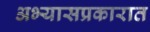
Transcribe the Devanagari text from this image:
अभ्यासप्रकारात